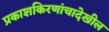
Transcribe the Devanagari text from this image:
प्रकाशकिरणांचादेखील